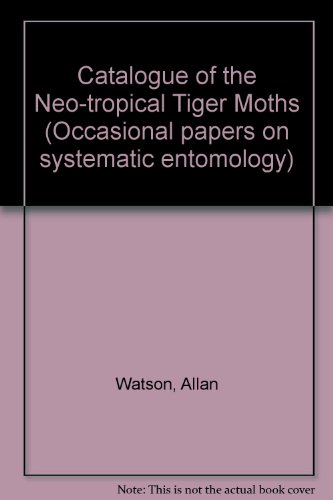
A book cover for Catalogue of the Neotropical Tiger-Moths (Occasional Papers on Systematic Entomology); Sports & Outdoors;